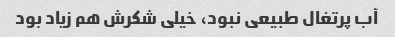
آب پرتغال طبیعی نبود، خیلی شکرش هم زیاد بود